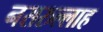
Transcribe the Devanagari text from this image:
नसरुल्लाह